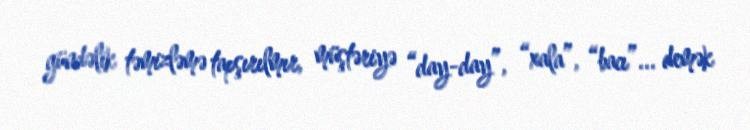
gündəlik təmizləmə tapşırılmır, müştəriyə “day-day”, “xala”, “bacı”... demək